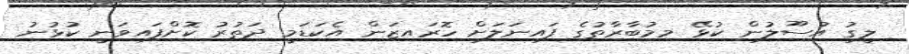
ލީގު އުސޫލުން ކުޅޭ މިމުބާރާތުގެ ފައިނަލަށް ހޮރައިޒަން އެކަޑަމީ ދަތުރު ކޮށްފައިވަނީ ކުޅުނު